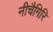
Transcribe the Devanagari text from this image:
नीचैगिरि